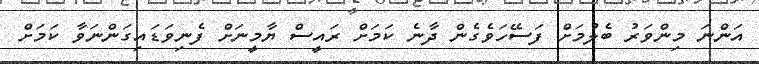
އަންނަ މިންވަރު ބެލުމަށް ފަސޭހަވެގެން ދާނެ ކަމަށް ރައީސް ޔާމީނަށް ފެނިވަޑައިގަންނަވާ ކަމަށް